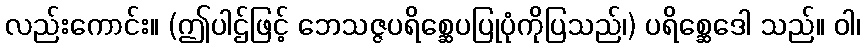
လည်းကောင်း။ (ဤပါဌ်ဖြင့် ဘေသဇ္ဇပရိစ္ဆေပပြုပုံကိုပြသည်၊) ပရိစ္ဆေဒေါ သည်။ ဝါ၊